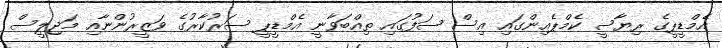
އެމްޑީޕީގެ ރިޔާސީ ކެމްޕެއިންގައި އިސް ސަފުގައި ތިއްބަވާނީ އެމްޑީޕީ ސަރުކާރުގެ ވަޒީރުންނާއި މަޖިލީސް